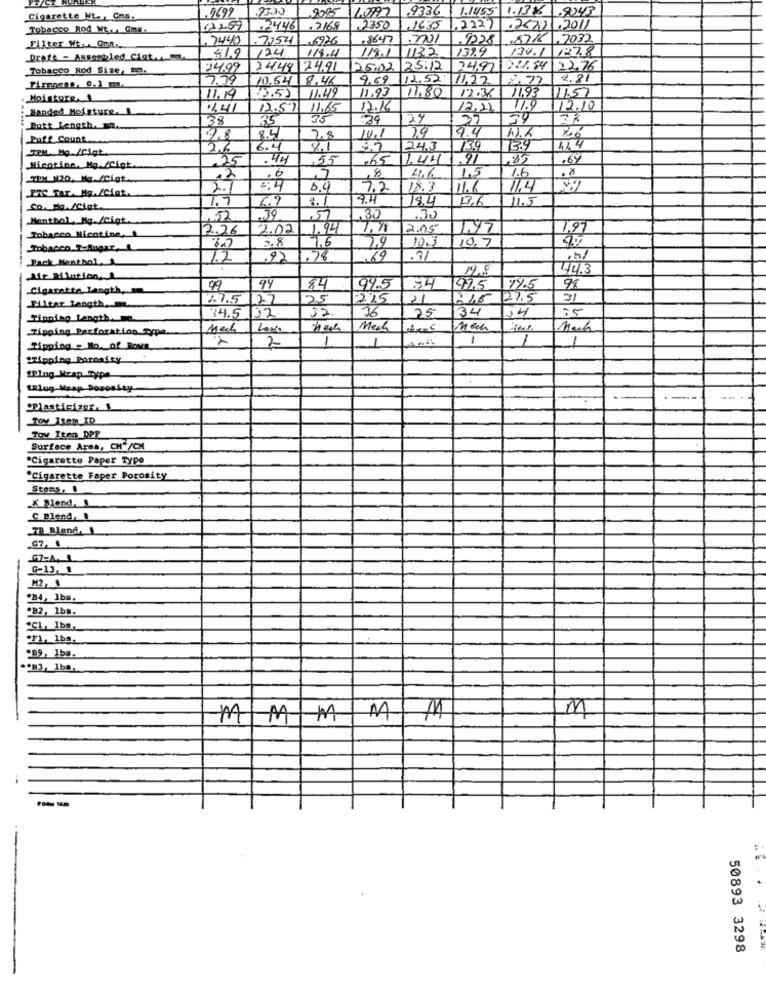
.9499
9085
10997
9336
1.1455 1.1316 .9043
Cigarette Ht. , Cms.
12:59
2446
.2168
2350
2227
.26.01.2011
, 7440
.7354
6926
.8647
.87/6.7032
Filter We .. Omn ..
124
119.1
1132
1329
130.1 127.8
Draft - Antonbled Ciat ... m.
419
119.4
Tobacco Rod Size, 92.
2499
2449 24,91
25.02
25:12
24,97 261.84 22.76
7.39
10.64 8.46
9.69
12.52
11.22
2.77
4.81
11.93
11,80
11,93
11.57
Moisture,
11.19
2.5)
11.49
12.36
11.41
12.57
11.65
12.16
12,23
11.9
11.2.10
Banded Moisture,
38
35
35
.34
29
27
34
Butt Length.
9.4
Puff Count
98
8.4
2.8
10.1
29
TEM. MO /CiQt
26
6.4
8.1
2.2
24.3
135
13.9
4.4
.25
.44
55
265
1.44
.97
,85
.69
Nicotine. Mg./Cigt
1,5
12
4.6
1.6
2.
7.2
18.3
11.6
1.4
1.9
9.4
184
13.6
11.5
Co. Mg./Cigt.
6.9
Menthol Hg./Cigt ..
52
39
57
.3.
226
2.02
1.94
1.98
2.05
1.97
Tobacco Nicotine. 1
9.8
10.3
1.97
Tobacco Talugar, L
7.6
10.7
Pack Menthol
1.2
.78
69
.31
1.8
44.3
Mir Dilution,
.Cigarette Langth,
99
94
84
99.5
74
192.5
19.5
98
27.5
127
25
235
21
1246
27.5
Filter Length, In
32
36
75
34
Tinning Length. .
74.5
.Tipping Perforation_Type.
Mach
Mech
1
1
1
Tipping = No. of Rows
2
Shipping Porosity
telng_Mrap_Type
Jug Heap Dopoasty
Toy Item_ID
Tow Iten DPP
Surface Area, CHE/CM
*Cigarette Paper Type
"Cigarette Faper Porosity
Stoms,
X Blond,
C Blend, .
_TB Blend,
G7-A. 1.
G-13, 1
M2, 0
.24, Ibs.
"B2, 1bs.
"CL, 1bs.
FL 1bs.
-B9, 1bs.
.83, 1ba.
M
MMMMM
50893 3298